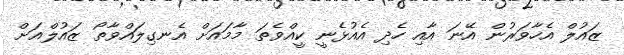
ޒައުލް އެހާވަރުން އޭނަ އާއި ހެދި އެއުޅެނީ ކީއްވެތަ މާމައަށް އެނގިލައްވާތޯ ޒައުލްއަށް